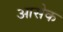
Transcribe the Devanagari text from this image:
आसेक